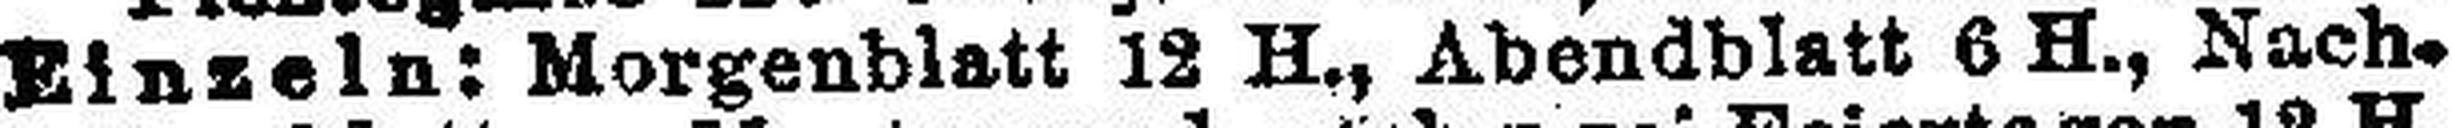
Einzeln: Morgenblatt 12 H., Abendblatt 6 H., Nach¬